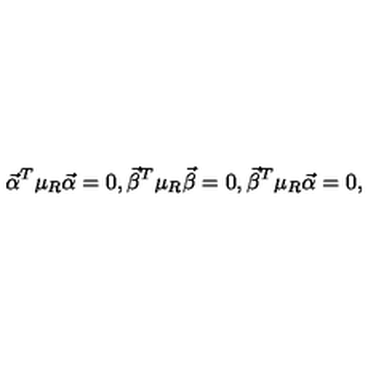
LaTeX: { \vec { \alpha } } ^ { T } \mu _ { R } { \vec { \alpha } } = 0 , { \vec { \beta } } ^ { T } \mu _ { R } { \vec { \beta } } = 0 , { \vec { \beta } } ^ { T } \mu _ { R } { \vec { \alpha } } = 0 ,